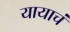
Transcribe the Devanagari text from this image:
यायाचं